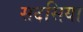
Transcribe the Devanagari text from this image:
सदसिया